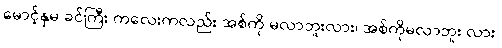
မောင့်နှမ ခင်ကြီး ကလေးကလည်း အစ်ကို မလာဘူးလား၊ အစ်ကိုမလာဘူး လား၊